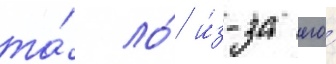
та́ ло́ и́з-за его́